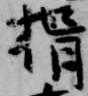
揖